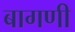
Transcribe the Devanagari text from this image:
बागणी